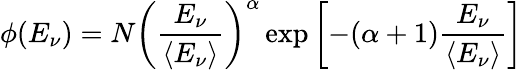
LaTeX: \phi(E_{\nu})=N\left(\frac{E_{\nu}}{\langle E_{\nu}\rangle}\right)^{\alpha}\exp{\left[-(\alpha+1)\frac{E_{\nu}}{\langle E_{\nu}\rangle}\right]}